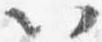
以